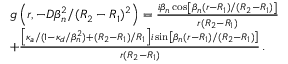
\begin{array} { r l } & { g \left( r , - D \beta _ { n } ^ { 2 } / ( R _ { 2 } - R _ { 1 } ) ^ { 2 } \right) = \frac { i \beta _ { n } \cos \left[ \beta _ { n } ( r - R _ { 1 } ) / ( R _ { 2 } - R _ { 1 } ) \right] } { r ( R _ { 2 } - R _ { 1 } ) } } \\ & { + \frac { \left[ \kappa _ { a } / ( 1 - \kappa _ { d } / \beta _ { n } ^ { 2 } ) + ( R _ { 2 } - R _ { 1 } ) / R _ { 1 } \right] i \sin \left[ \beta _ { n } ( r - R _ { 1 } ) / ( R _ { 2 } - R _ { 1 } ) \right] } { r ( R _ { 2 } - R _ { 1 } ) } \, . } \end{array}